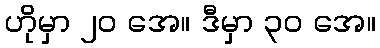
ဟိုမှာ ၂၀ အေ။ ဒီမှာ ၃၀ အေ။